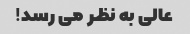
عالی به نظر می رسد!